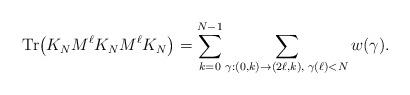
LaTeX: \begin{align*}{\rm Tr}\big(K_N M^\ell K_N M^\ell K_N\big)=\sum_{k=0}^{N-1}\sum_{\gamma : (0,k)\rightarrow (2\ell,k),\; \gamma(\ell)<N}w(\gamma).\end{align*}